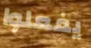
يفعلوا